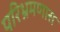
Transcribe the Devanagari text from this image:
परिभ्रमणास